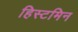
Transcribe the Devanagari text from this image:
हिस्टमिन